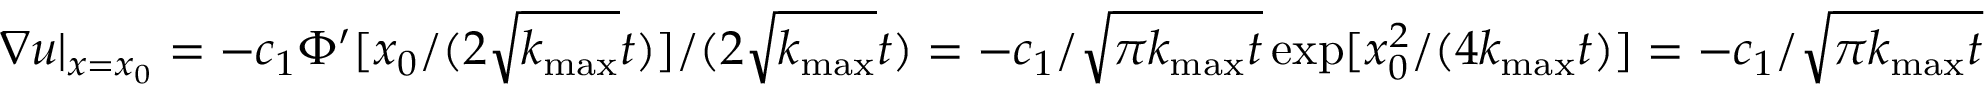
\nabla u | _ { x = x _ { 0 } } = - c _ { 1 } \Phi ^ { \prime } [ x _ { 0 } / ( 2 \sqrt { k _ { \operatorname* { m a x } } } t ) ] / ( 2 \sqrt { k _ { \operatorname* { m a x } } } t ) = - c _ { 1 } / \sqrt { \pi k _ { \operatorname* { m a x } } t } \exp [ x _ { 0 } ^ { 2 } / ( 4 k _ { \operatorname* { m a x } } t ) ] = - c _ { 1 } / \sqrt { \pi k _ { \operatorname* { m a x } } t }